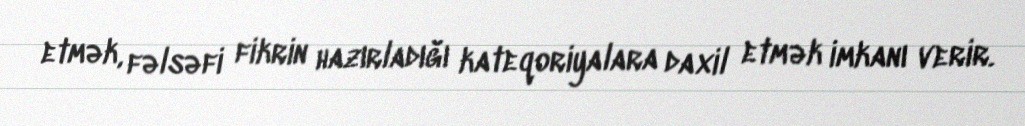
etmək, fəlsəfi fikrin hazırladığı kateqoriyalara daxil etmək imkanı verir.